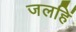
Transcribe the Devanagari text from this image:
जलहिं